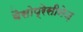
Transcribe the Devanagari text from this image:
वैसोप्रेसीनेज़